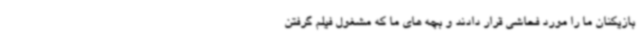
بازیکنان ما را مورد فحاشی قرار دادند و بچه های ما که مشغول فیلم گرفتن